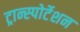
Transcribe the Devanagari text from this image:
ट्रान्स्पोर्टेशन